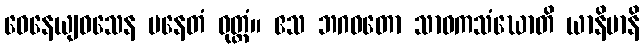
ဝေနေယျဝသေန ပနေတံ ဝုတ္တံ။ ဧသ ဘဂဝတော သာဝကသံဃောတိ ယာနိမာနိ